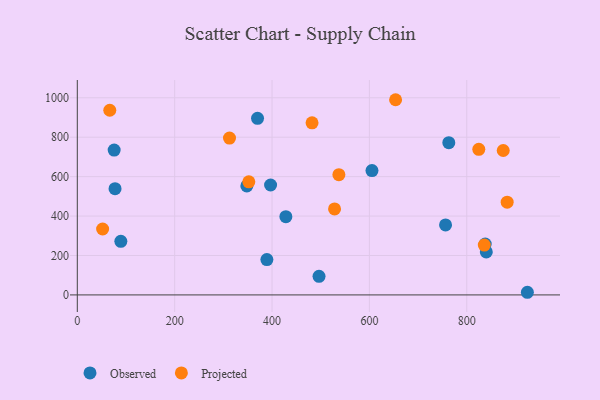
{"axis": {"x": "Experience", "y": "Rating"}, "legend": ["Observed", "Projected"], "data": [{"x": "389.4", "y": 179.4, "type": "Observed"}, {"x": "348.2", "y": 552.7, "type": "Observed"}, {"x": "370.2", "y": 895.8, "type": "Observed"}, {"x": "496.5", "y": 94.1, "type": "Observed"}, {"x": "77.5", "y": 539.1, "type": "Observed"}, {"x": "837.9", "y": 257.8, "type": "Observed"}, {"x": "75.7", "y": 734.5, "type": "Observed"}, {"x": "89.4", "y": 271.9, "type": "Observed"}, {"x": "763.1", "y": 772.0, "type": "Observed"}, {"x": "840.1", "y": 217.8, "type": "Observed"}, {"x": "605.3", "y": 630.7, "type": "Observed"}, {"x": "924.5", "y": 13.4, "type": "Observed"}, {"x": "397.0", "y": 557.5, "type": "Observed"}, {"x": "428.4", "y": 396.8, "type": "Observed"}, {"x": "756.4", "y": 355.1, "type": "Observed"}, {"x": "653.8", "y": 990.0, "type": "Projected"}, {"x": "537.3", "y": 609.8, "type": "Projected"}, {"x": "66.7", "y": 936.7, "type": "Projected"}, {"x": "352.3", "y": 573.6, "type": "Projected"}, {"x": "52.0", "y": 334.4, "type": "Projected"}, {"x": "528.4", "y": 435.9, "type": "Projected"}, {"x": "482.2", "y": 872.8, "type": "Projected"}, {"x": "836.0", "y": 252.6, "type": "Projected"}, {"x": "312.6", "y": 795.7, "type": "Projected"}, {"x": "883.0", "y": 470.5, "type": "Projected"}, {"x": "824.7", "y": 738.3, "type": "Projected"}, {"x": "874.9", "y": 732.5, "type": "Projected"}]}